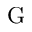
\mathrm { G }